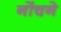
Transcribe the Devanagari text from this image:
नोंचने